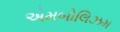
એમબોલિઝમ